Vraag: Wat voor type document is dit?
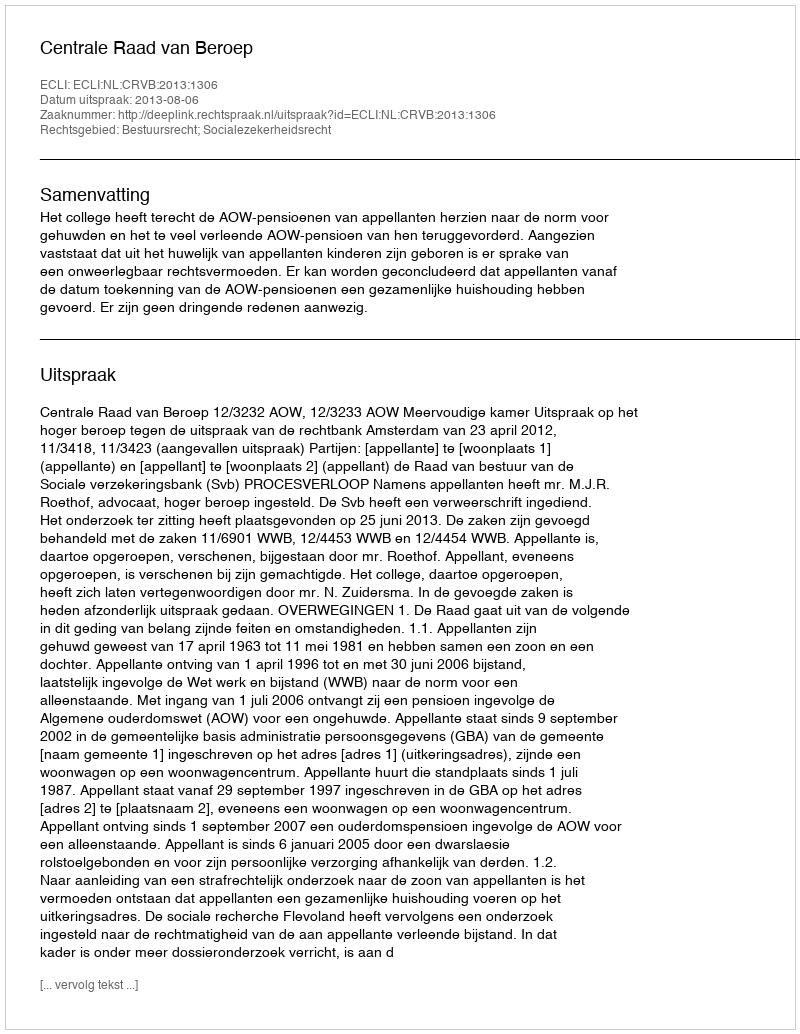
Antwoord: Uitspraak